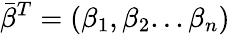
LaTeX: \bar{\beta}^{T}=(\beta_{1},\beta_{2}...\beta_{n})